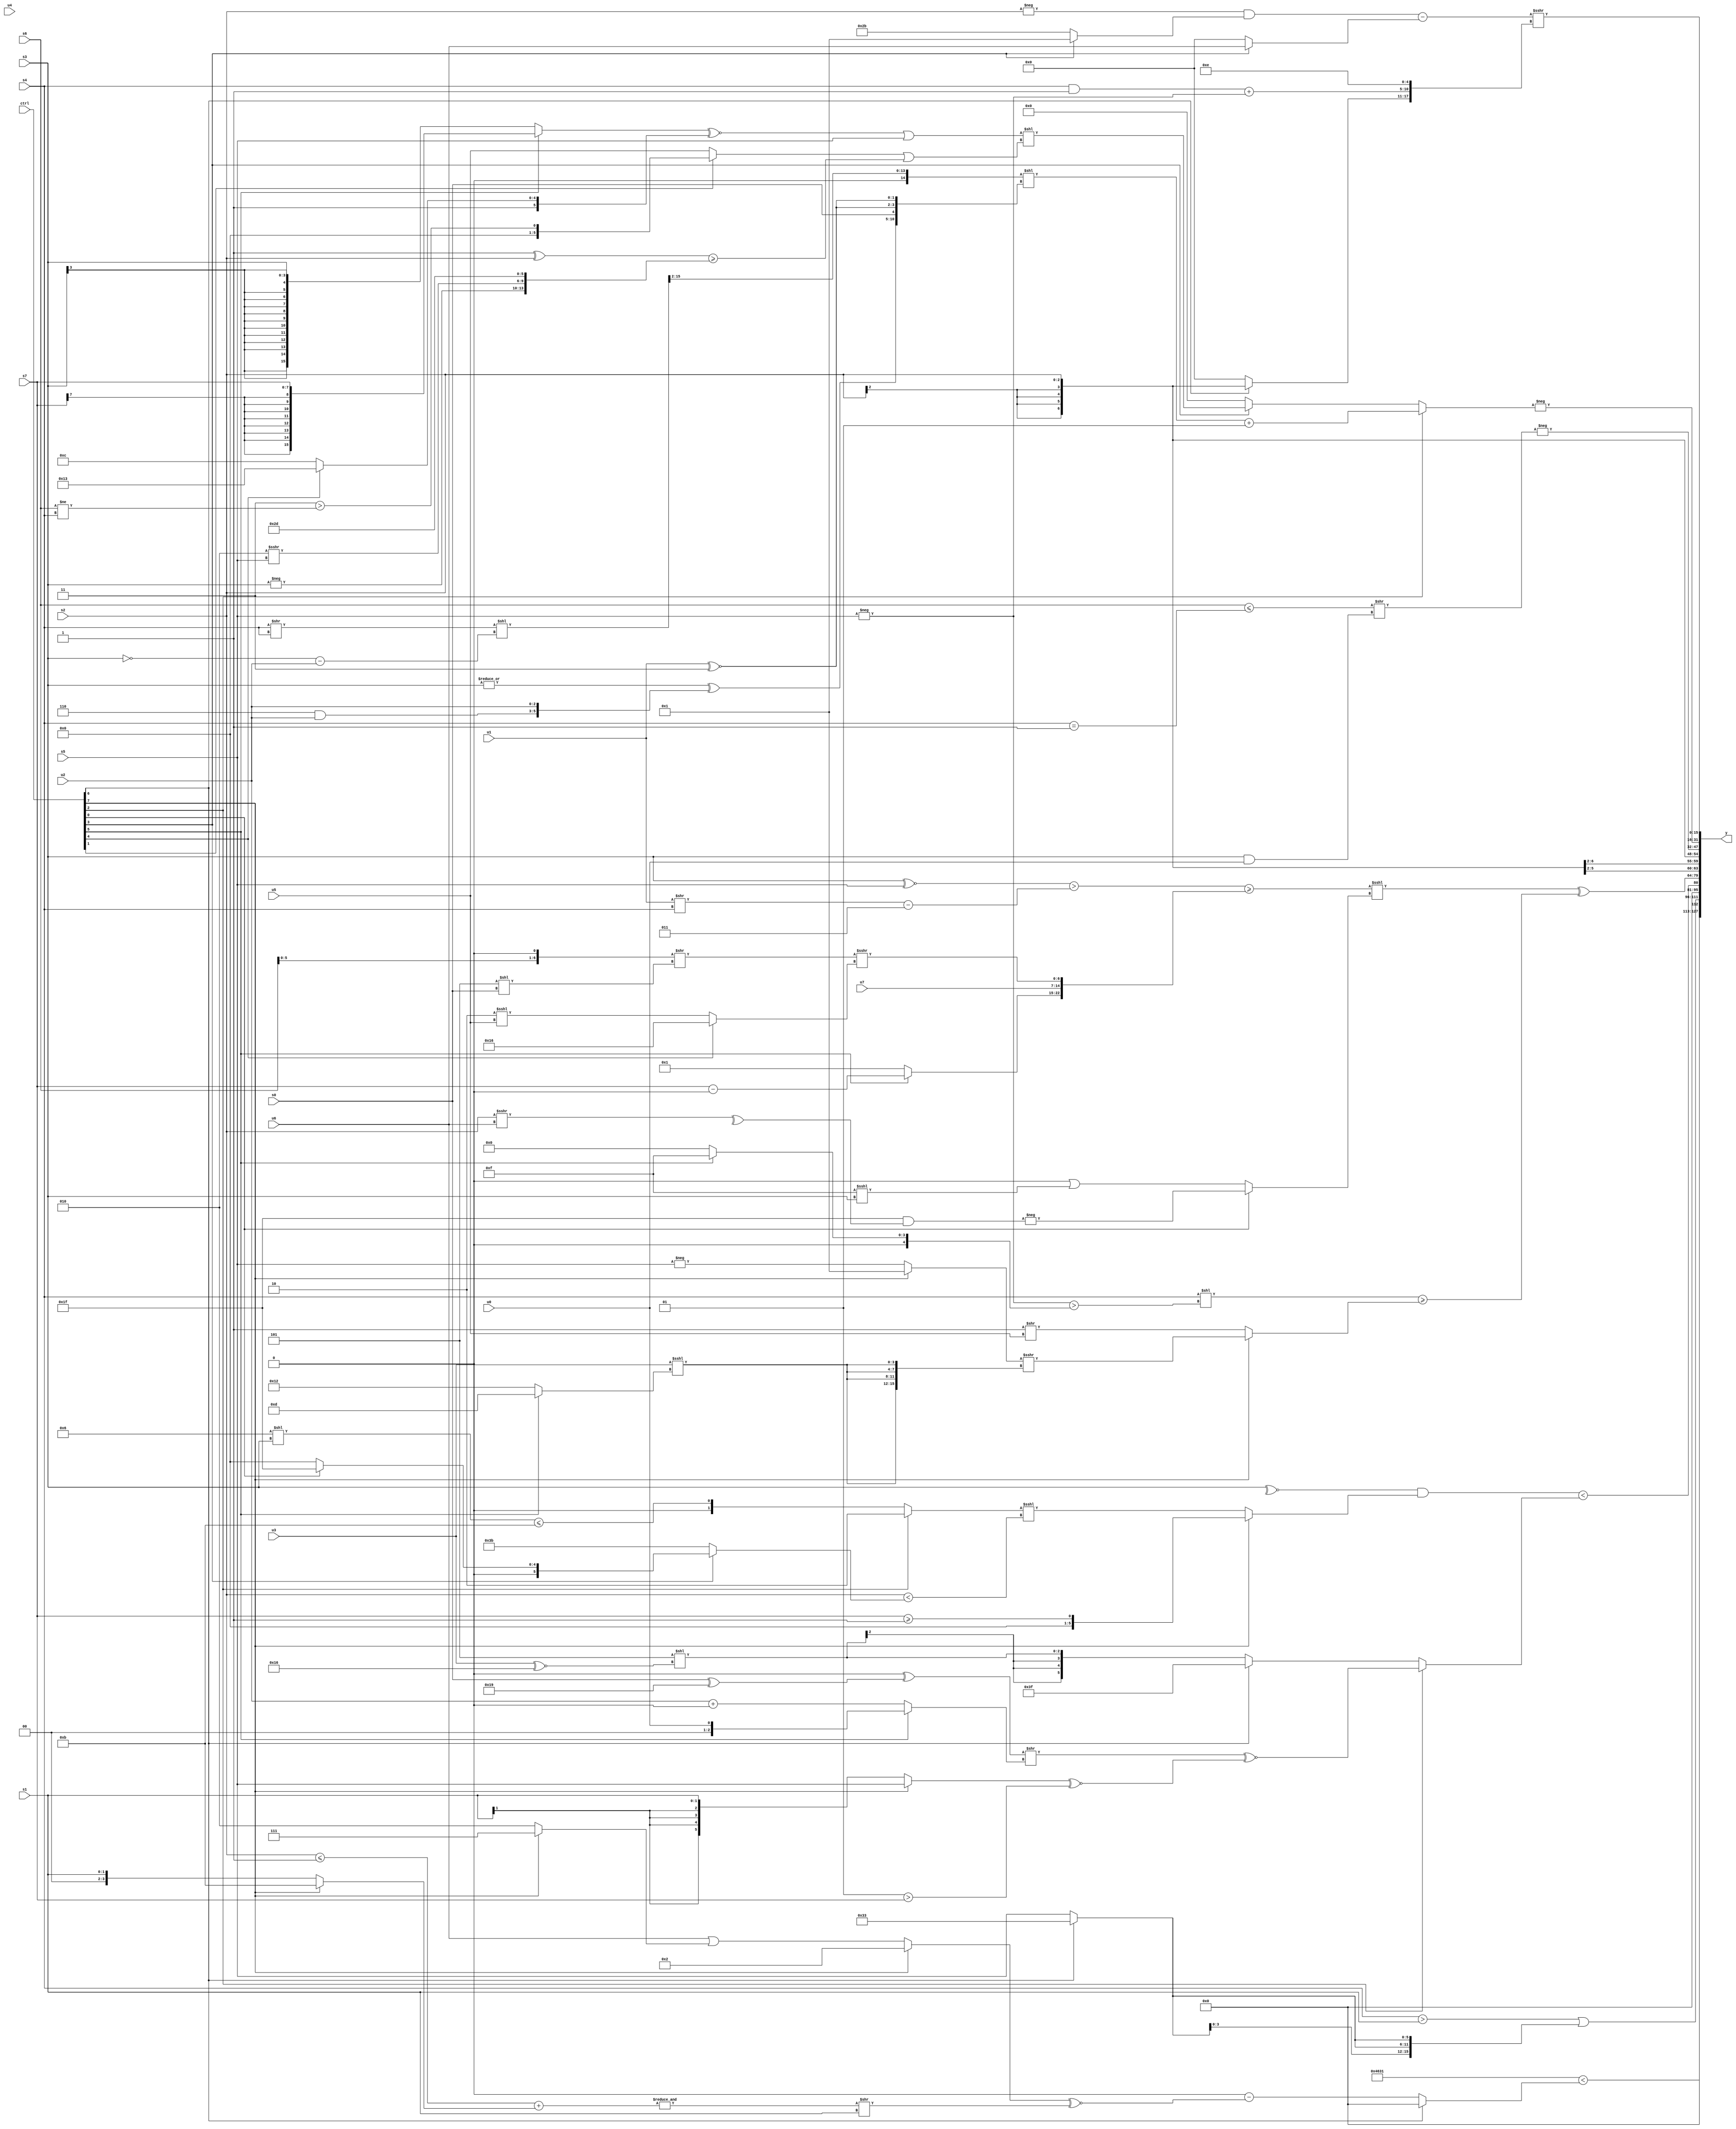
module wideexpr_00268(ctrl, u0, u1, u2, u3, u4, u5, u6, u7, s0, s1, s2, s3, s4, s5, s6, s7, y);
  input [7:0] ctrl;
  input [0:0] u0;
  input [1:0] u1;
  input [2:0] u2;
  input [3:0] u3;
  input [4:0] u4;
  input [5:0] u5;
  input [6:0] u6;
  input [7:0] u7;
  input signed [0:0] s0;
  input signed [1:0] s1;
  input signed [2:0] s2;
  input signed [3:0] s3;
  input signed [4:0] s4;
  input signed [5:0] s5;
  input signed [6:0] s6;
  input signed [7:0] s7;
  output [127:0] y;
  wire [15:0] y0;
  wire [15:0] y1;
  wire [15:0] y2;
  wire [15:0] y3;
  wire [15:0] y4;
  wire [15:0] y5;
  wire [15:0] y6;
  wire [15:0] y7;
  assign y = {y0,y1,y2,y3,y4,y5,y6,y7};
  assign y0 = ({3{5'sb10001}})<((ctrl[6]?2'b00:(5'b00000)-(((ctrl[7]?3'b010:(u6)|(+((ctrl[7]?3'sb111:4'sb0010)))))^~((&(((s2)<=(1'b1))+((ctrl[7]?4'sb1011:s1))))>>(s1)))));
  assign y1 = ((s4)>(s1))|(({4{+((ctrl[6]?-(4'b1101):s5))}})>>>((1'sb0)>>>(1'sb1)));
  assign y2 = (((~^(s3))>>>(+((2'sb00)>>>($signed((2'sb10)-(4'sb1010))))))&((ctrl[7]?(s7)>=(+(!((u3)<<<(6'sb100111)))):((ctrl[2]?2'b10:((6'sb000110)<<(s3))<=(4'sb1011)))<<<((s2)<((ctrl[3]?(ctrl[0]?6'sb011111:1'sb0):4'sb1011))))))<($signed((ctrl[2]?(((1'sb0)^((s0)^(6'sb011001)))>>((ctrl[5]?u0:(u2)+(1'sb0))))^~(($signed((ctrl[7]?s5:s1)))^~($signed((5'sb00001)>(s7)))):(ctrl[6]?+(2'sb11):$signed((3'sb101)<<((u3)^~(5'b10110)))))));
  assign y3 = (((((s3)^~(s5))>((($signed(u1))>>(s4))-(4'sb0011)))>=({(ctrl[5]?($signed(s7))-((s5)>>(6'b100000)):-(-(5'sb00001))),u7,(((s6)<<(1'sb1))>>((4'b0101)<<(s0)))>>>((ctrl[4]?$signed(6'sb010110):(2'sb10)<<<(u5)))}))<<<((ctrl[0]?-(({1{(5'sb11111)>>>(5'b01110)}})&(^((s2)>>>(u6)))):+((((1'sb1)<<<(3'sb111))>>($signed(5'sb00001)))|(($signed(4'b1111))<<<(s3))))))^(((s4)<<(($signed(+(-(s5))))>((ctrl[5]?-(5'sb10001):2'sb00))))>=((ctrl[7]?((ctrl[7]?$signed((2'b11)^(2'b10)):-(s5)))>>>({4{($signed(u3))<<<((ctrl[5]?5'sb01101:5'sb10010))}}):(1'sb1)>>(u5))));
  assign y4 = s2;
  assign y5 = -(((s6)<=($unsigned((s4)==(3'sb111))))>>((s3)&($unsigned(u0))));
  assign y6 = -((ctrl[2]?(((($signed((s4)>>(s4)))<<((~(s3))-(u2)))>>(2'b10))<<({(|({2{s3}}))^({(3'sb110)&(u2),{1{u2}}}),s0,{2{($unsigned(u1))^~({2'sb11})}}}))+((2'sb10)^($signed(1'sb1))):(ctrl[3]?((((ctrl[5]?$signed(s7):s3))^~((ctrl[4]?$signed(5'sb10011):-(6'sb010100))))|(s5))<<(((ctrl[1]?($signed(2'sb11))>((s6)!=(s4)):u5))|(($signed((1'b1)^(s2)))>=({-(s3),(4'sb0010)>>>(s5),$signed(5'b10110),(6'sb101000)!=(6'sb100001)}))):1'sb0)));
  assign y7 = (((-(s2))&((ctrl[3]?$unsigned((5'sb11010)<(2'sb11)):6'sb101011)))-((ctrl[3]?u6:$signed({4{+(1'sb0)}}))))>>>({{(ctrl[6]?s2:((s6)<<<(s4))<<<(4'sb1011)),((+(s4))&((5'sb01010)>=(4'sb0011)))+(-(s5))},$signed($unsigned(((1'sb0)^~(5'sb10001))<<<((1'sb1)&(1'sb0))))});
endmodule